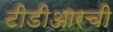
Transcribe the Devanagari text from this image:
टीडीआरची